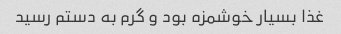
غذا بسیار خوشمزه بود و گرم به دستم رسید